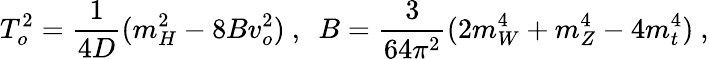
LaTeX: T_{o}^{2}={\frac{1}{4D}}(m_{H}^{2}-8Bv_{o}^{2})\ ,\ \ B={\frac{3}{64\pi^{2}}}(2m_{W}^{4}+m_{Z}^{4}-4m_{t}^{4})\ ,